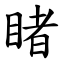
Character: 睹